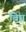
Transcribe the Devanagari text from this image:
बिघ्न